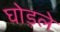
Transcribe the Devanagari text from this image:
घोड़ले